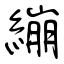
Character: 繃